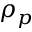
\rho _ { p }